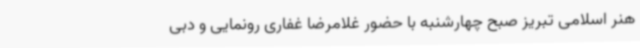
هنر اسلامی تبریز صبح چهارشنبه با حضور غلامرضا غفاری رونمایی و دبی